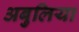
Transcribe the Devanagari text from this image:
अबुलिया